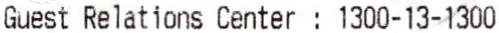
GUEST RELATIONS CENTER : 1300-13-1300